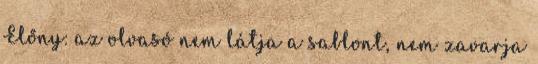
Előny: az olvasó nem látja a sablont, nem zavarja